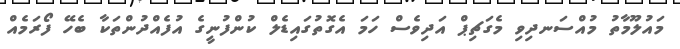
މައުލޫމާތު މުއްސަނދިވި މެގަޗިޕް އަދިވެސް ހަމަ އެގޮތުގައިޑެލް ކުންފުނީގެ އުފެއްދުންތަކާ ބެހޭ ފޯރަމެއް